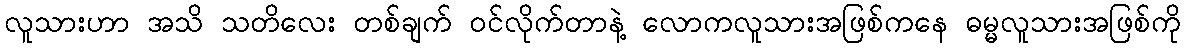
လူသားဟာ အသိ သတိလေး တစ်ချက် ဝင်လိုက်တာနဲ့ လောကလူသားအဖြစ်ကနေ ဓမ္မလူသားအဖြစ်ကို